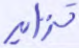
تزايد